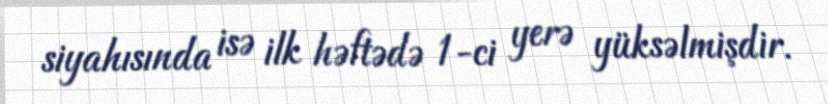
siyahısında isə ilk həftədə 1-ci yerə yüksəlmişdir.